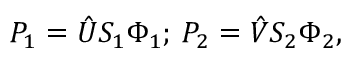
P _ { 1 } = \hat { U } S _ { 1 } \Phi _ { 1 } ; \, P _ { 2 } = \hat { V } S _ { 2 } \Phi _ { 2 } ,